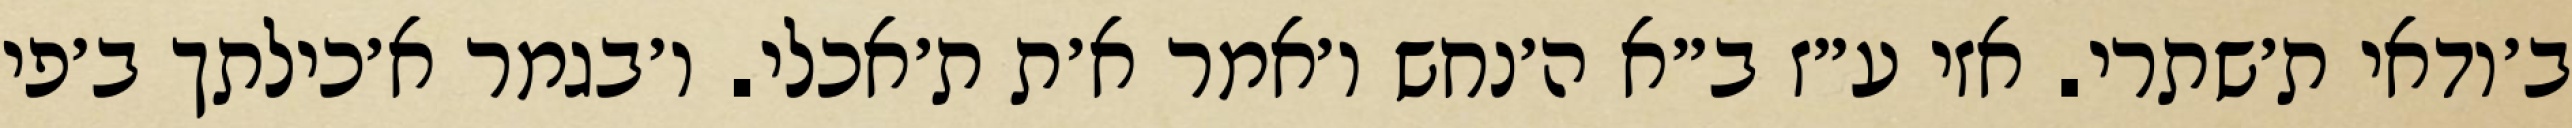
ב׳ודאי ת׳שתרי. אזי ע״ז ב״א ה׳נחש ו׳אמר א׳ת ת׳אכלי. ו׳בגמר א׳כילתך ב׳פי